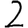
Digit: 2